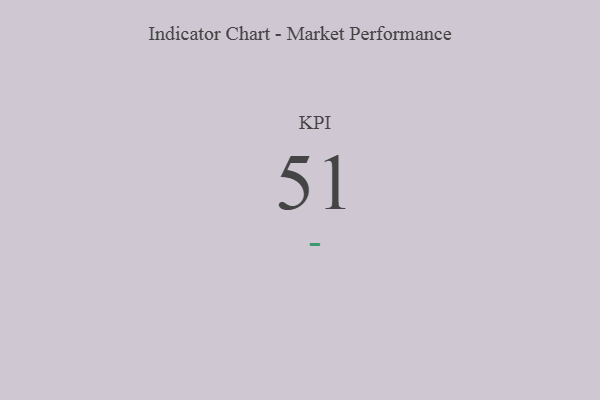
{"axis": {"x": "KPI", "y": "Value"}, "legend": [""], "data": [{"x": "KPI", "y": 51, "type": ""}]}